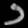
Digit: ၁